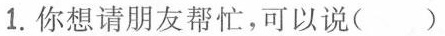
1.你想请朋友帮忙，可以说（）